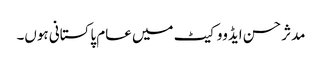
مدثر حسن ایڈووکیٹ میں عام پاکستانی ہوں۔